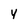
Character: 4